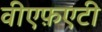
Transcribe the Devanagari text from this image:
वीएफ़एटी